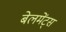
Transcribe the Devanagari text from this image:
बेलमेंट्स